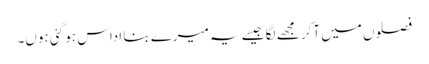
فصلوں میں آکر مجھے لگا جیسے یہ میرے بنا اداس ہو گئی ہوں۔